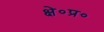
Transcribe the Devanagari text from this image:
क्षे०प्र०